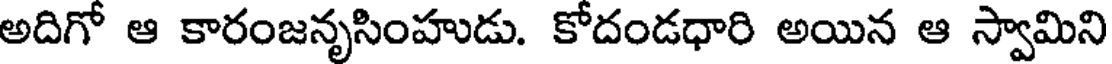
అదిగో ఆ కారంజనృసింహుడు. కోదండధారి అయిన ఆ స్వామిని